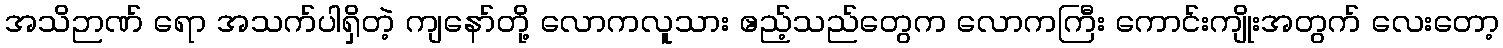
အသိဉာဏ် ရော အသက်ပါရှိတဲ့ ကျနော်တို့ လောကလူသား ဧည့်သည်တွေက လောကကြီး ကောင်းကျိုးအတွက် လေးတော့